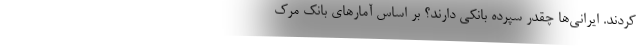
کردند. ایرانی‌ها چقدر سپرده بانکی دارند؟ بر اساس آمارهای بانک مرک